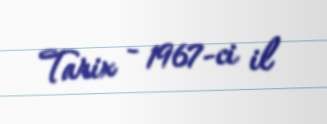
Tarix - 1967-ci il